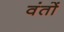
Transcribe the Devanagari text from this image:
वंतों